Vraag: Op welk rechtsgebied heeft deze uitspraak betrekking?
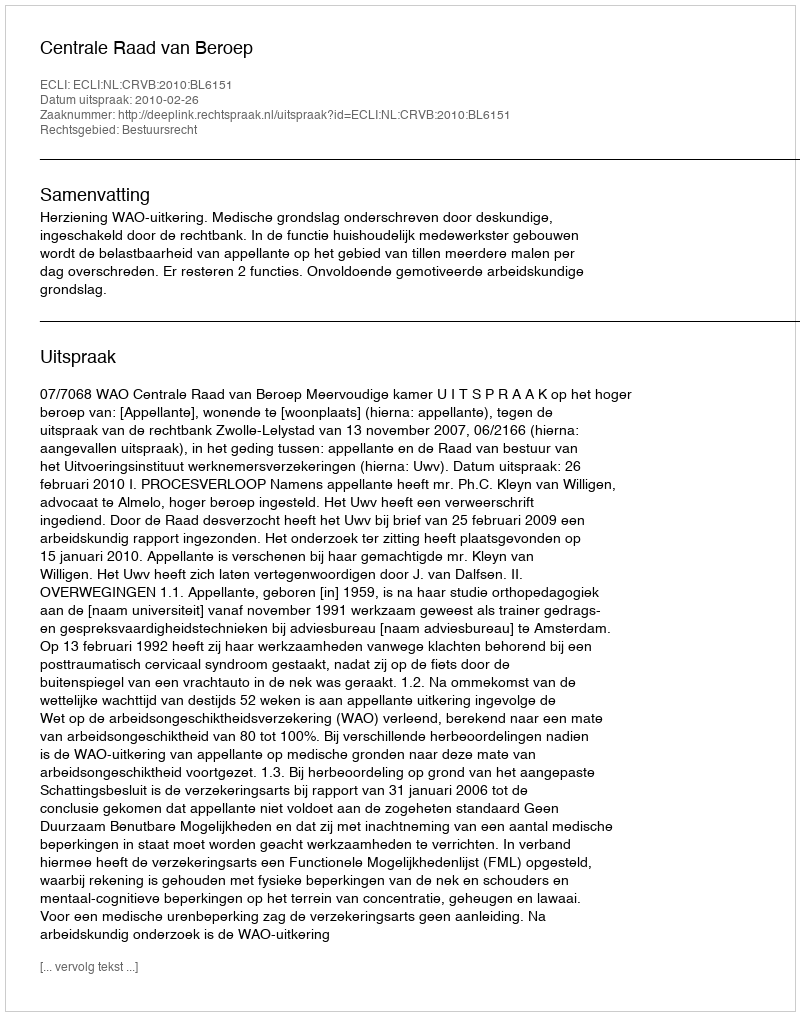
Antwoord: Bestuursrecht